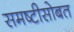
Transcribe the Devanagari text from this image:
समष्टीसोबत